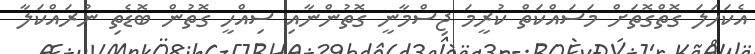
އެކަހަލަ ގޮތްގޮތަށް މަސައްކަތް ކުރީމަ ޖިސްމާނީ ގޮތުންނާއި ސިއްހީ ގޮތުން ބޮޑެތި ނުރައްކަލާ